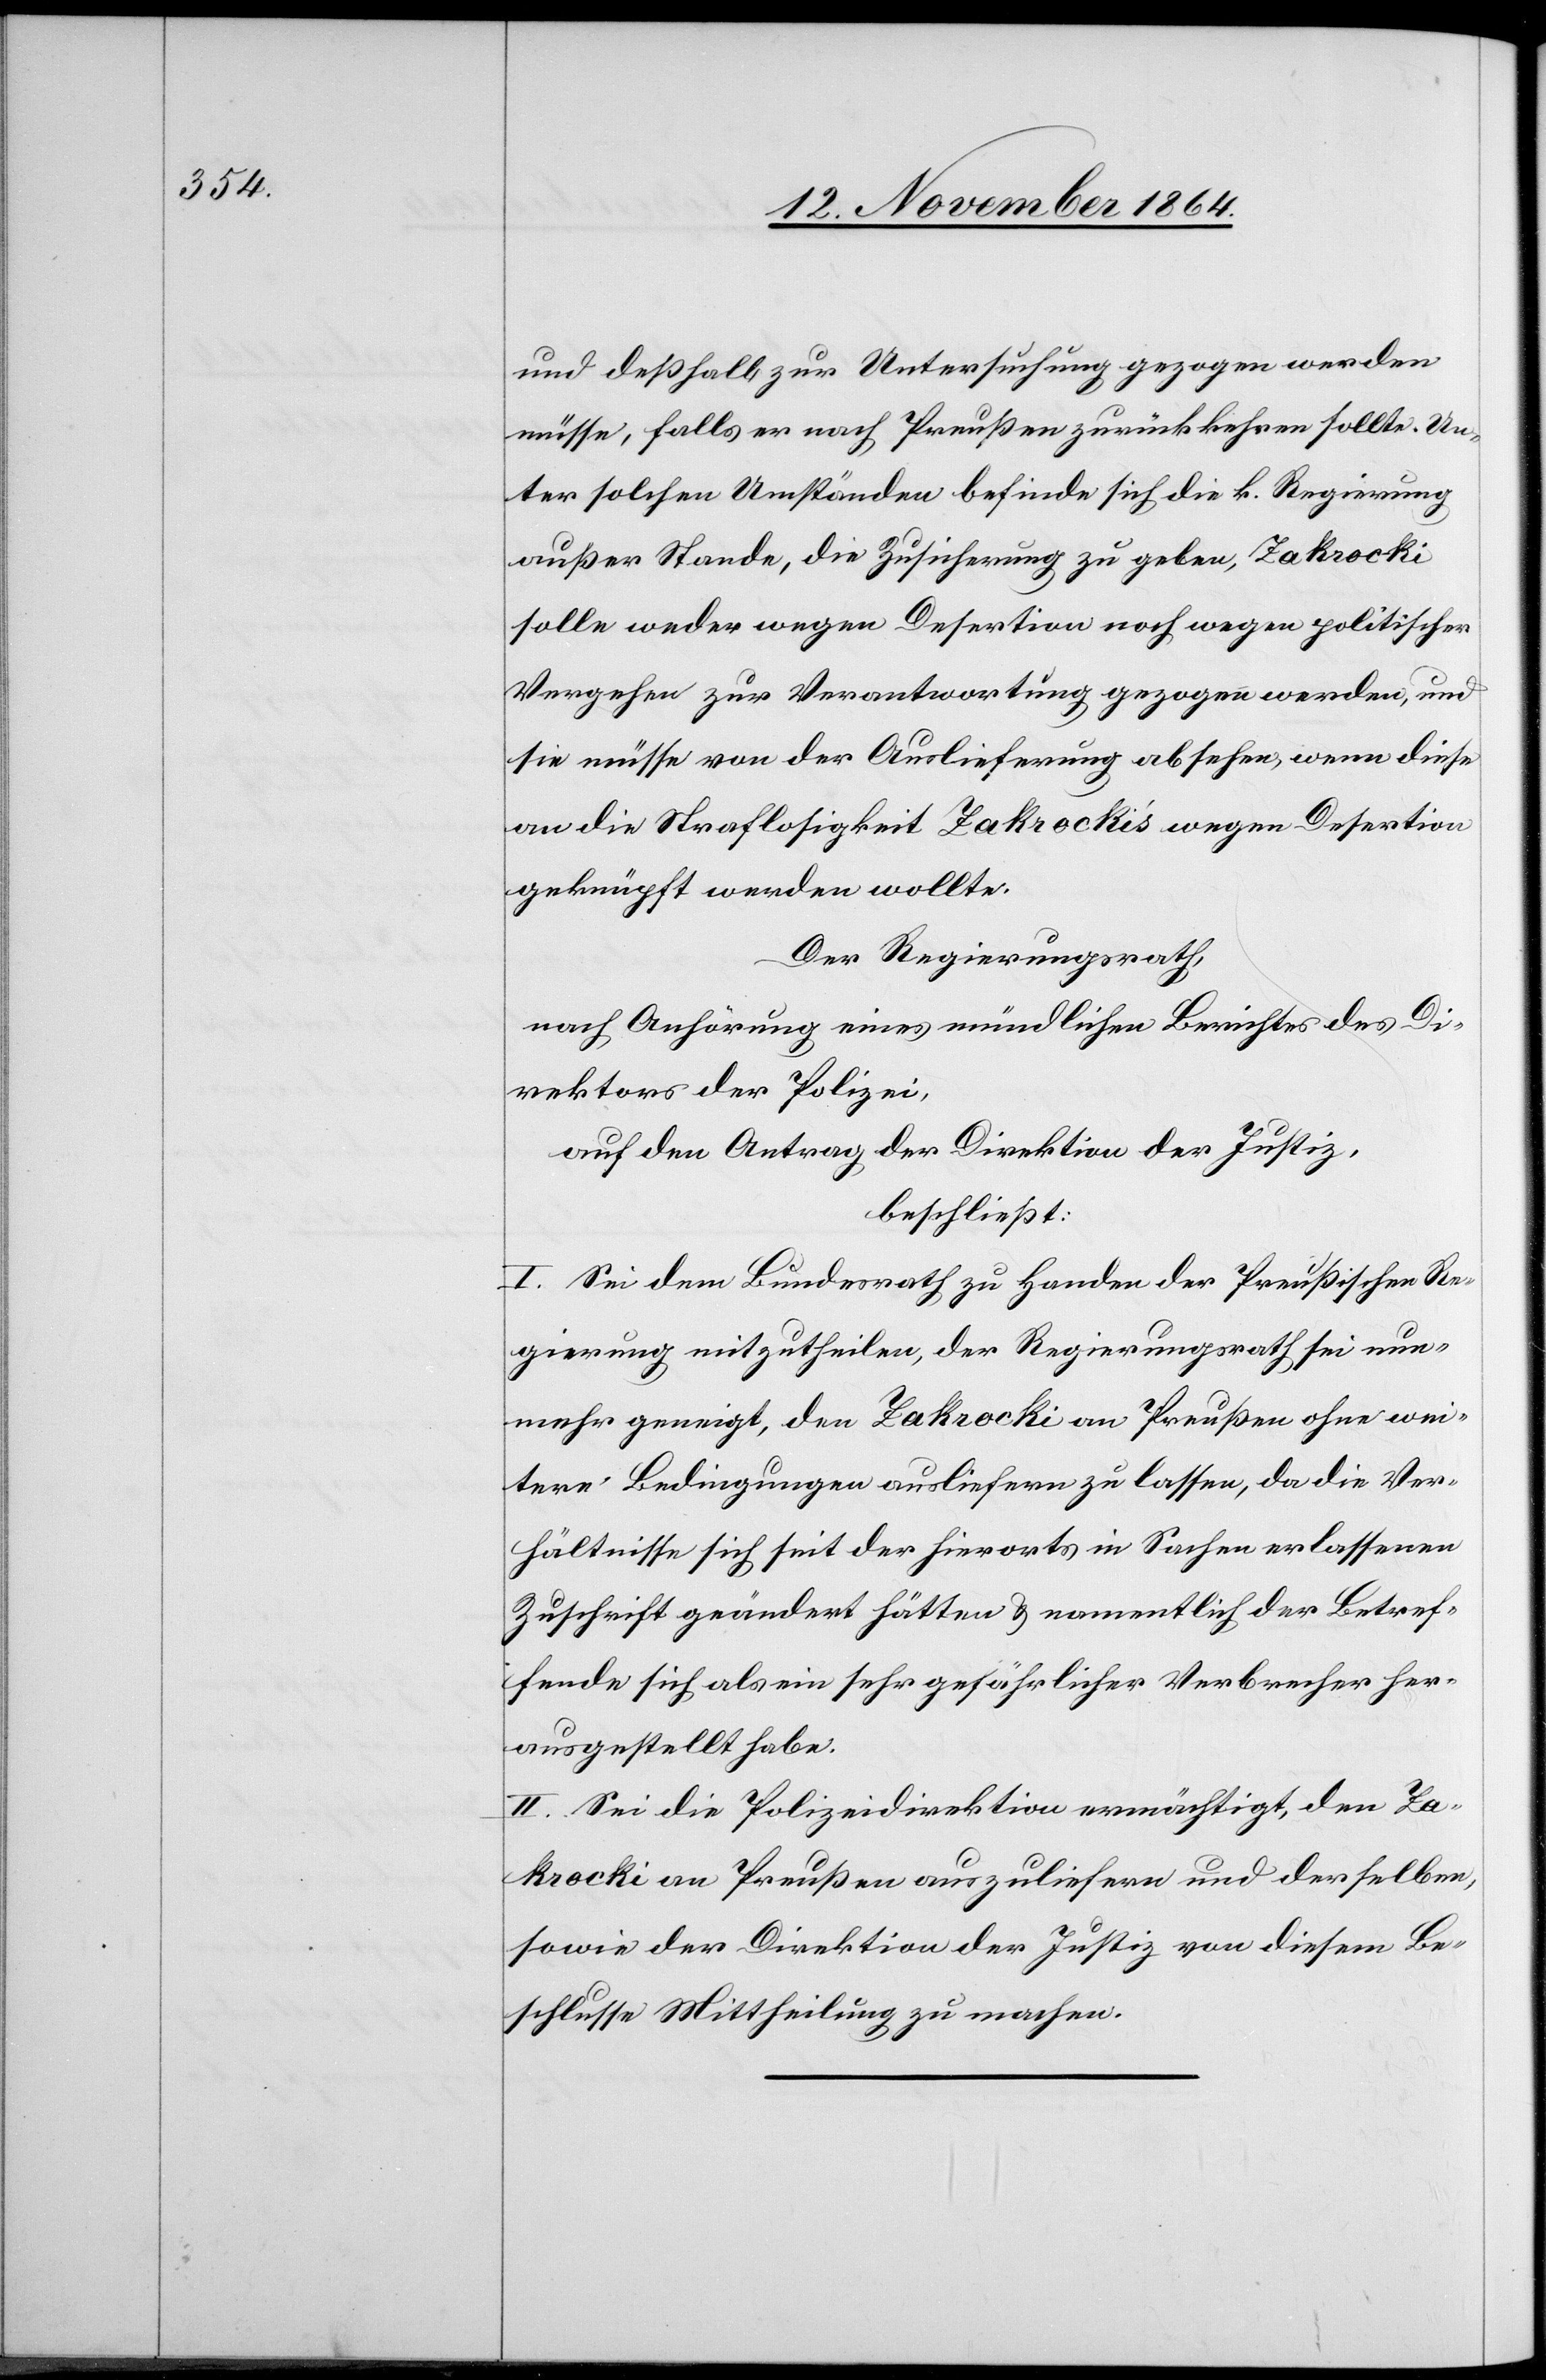
und deßhalb zur Untersuchung gezogen werden
müsse, falls er nach Preußen zurückkehren sollte. Un¬
ter solchen Umständen befinde sich die k. Regierung
außer Stande, die Zusicherung zu geben, Zakrocki
solle weder wegen Desertion noch wegen politischen
Vergehen zur Verantwortung gezogen werden, und
sie müsse von der Auslieferung absehen, wenn diese
an die Straflosigkeit Zakrocki’s wegen Desertion
geknüpft werden wollte.
Der Regierungsrath,
nach Anhörung eines mündlichen Berichtes des Di¬
rektors der Polizei,
auf den Antrag der Direktion der Justiz,
beschließt:
I. Sei dem Bundesrath zu Handen der Preußischen Re¬
gierung mitzutheilen, der Regierungsrath sei nun¬
mehr geneigt, den Zakrocki an Preußen ohne wei¬
tere Bedingungen ausliefern zu lassen, da die Ver¬
hältnisse sich seit der hierorts in Sachen erlassenen
Zuschrift geändert hätten & namentlich der Betref¬
fende sich als ein sehr gefährlicher Verbrecher her¬
ausgestellt habe.
II. Sei die Polizeidirektion ermächtigt, den Za¬
krocki an Preußen auszuliefern und derselben
sowie der Direktion der Justiz von diesem Be¬
schlusse Mittheilung zu machen.